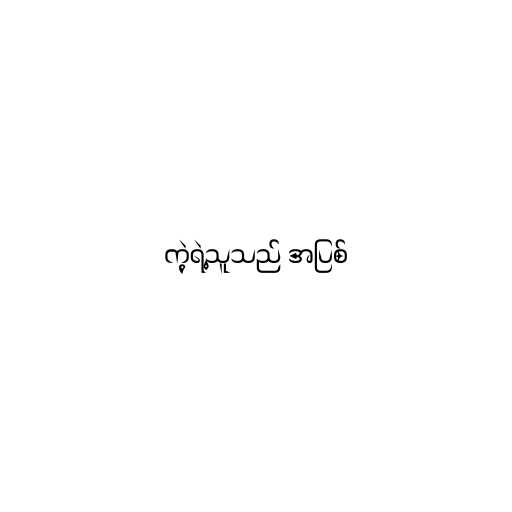
ကဲ့ရဲ့သူသည် အပြစ်